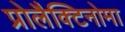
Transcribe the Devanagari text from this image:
प्रोलैक्टिनोमा